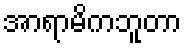
အာရာမိကဘူတာ